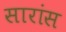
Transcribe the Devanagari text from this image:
सारांस